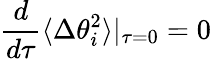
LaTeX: {\frac{d}{d\tau}}\langle\Delta\theta_{i}^{2}\rangle|_{\tau=0}=0